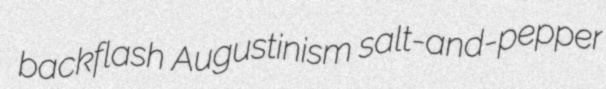
backflash Augustinism salt-and-pepper